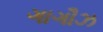
ગાગૌઝ